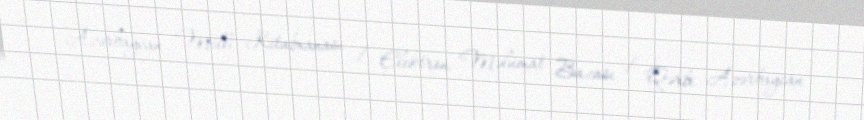
Azərbaycan Milli Kitabxanası / Elektron Məlumat Bazası / Qərbi Azərbaycan